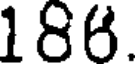
186.